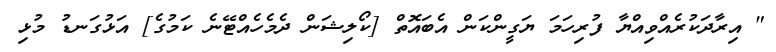
" އިރާދަކުރެއްވިއްޔާ ފުރިހަމަ ޔަގީންކަން އެބައޮތް [ކޯލިޝަން ދެމެހެއްޓޭނެ ކަމުގެ] އަޅުގަނޑު މުޅި